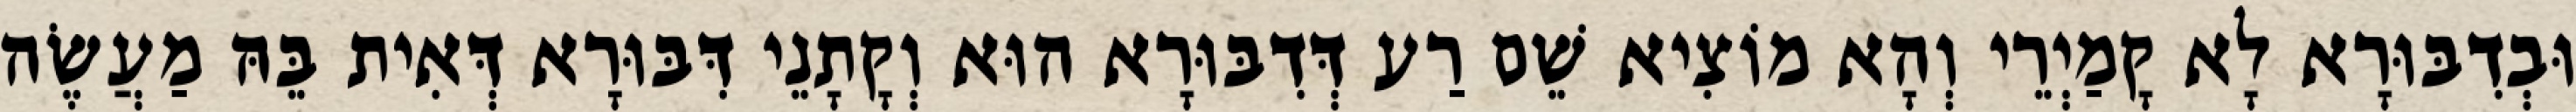
וּבְדִבּוּרָא לָא קָמַיְרֵי וְהָא מוֹצִיא שֵׁם רַע דְּדִבּוּרָא הוּא וְקָתָנֵי דִּבּוּרָא דְּאִית בֵּהּ מַעֲשֶׂה